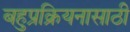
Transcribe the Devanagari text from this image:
बहुप्रक्रियनासाठी